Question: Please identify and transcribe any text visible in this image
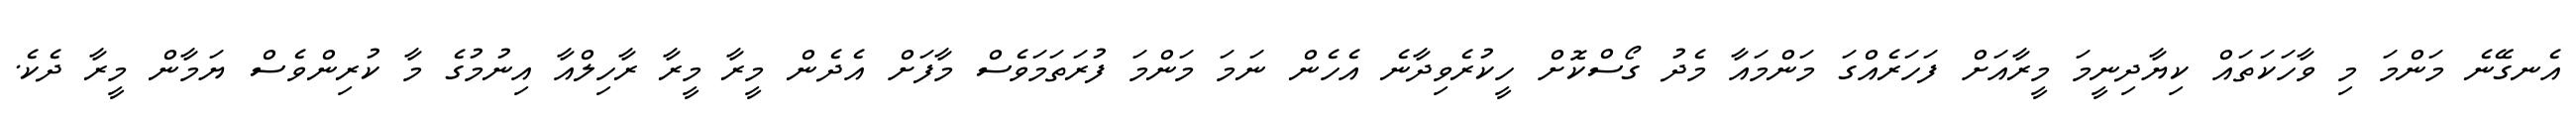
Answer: އެނގޭނެ މަންމަ މި ވާހަކަތައް ކިޔާދިނީމަ މީރާއަށް ފަހަރެއްގަ މަންމައާ މެދު ގޯސްކޮށް ހީކުރެވިދާނެ އެހެން ނަމަ މަންމަ ފުރަތަމަވެސް މާފަށް އެދެން މީރާ މީރާ ރާހިލްއާ އިނުމުގެ މާ ކުރިންވެސް ޔަމާން މީރާ ދެކެ.